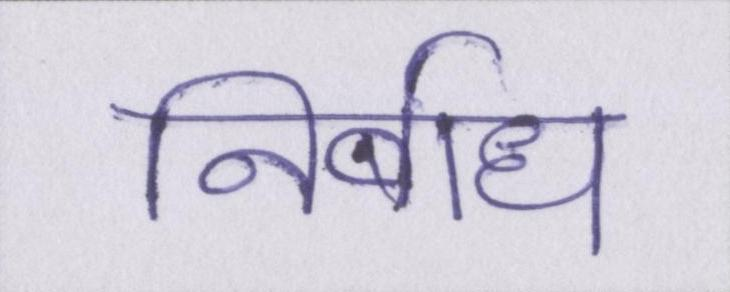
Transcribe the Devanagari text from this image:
निर्बाध